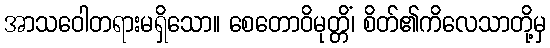
အာသဝေါတရားမရှိသော။ စေတောဝိမုတ္တိံ၊ စိတ်၏ကိလေသာတို့မှ